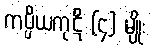
ကပ္ပိယကုဋိ (၄) မျိုး